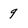
Character: 9